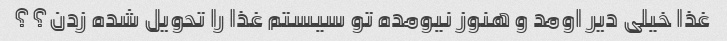
غذا خیلی دیر اومد و هنوز نیومده تو سیستم غذا را تحویل شده زدن؟؟